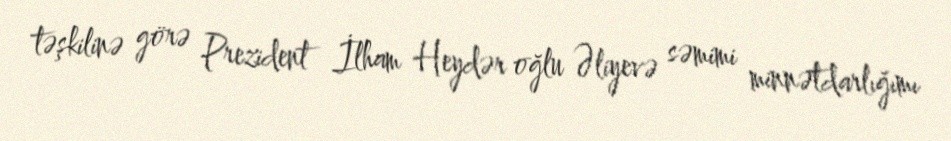
təşkilinə görə Prezident İlham Heydər oğlu Əliyevə səmimi minnətdarlığımı